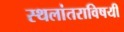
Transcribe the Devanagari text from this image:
स्थलांतराविषयी